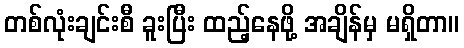
တစ်လုံးချင်းစီ ခူးပြီး ထည့်နေဖို့ အချိန်မှ မရှိတာ။